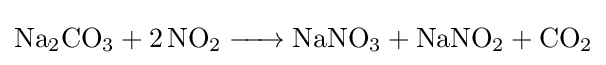
{\ce {Na2CO3 + 2NO2 -> NaNO3 + NaNO2 +CO2}}